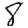
Digit: 8